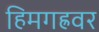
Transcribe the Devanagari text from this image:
हिमगह्रवर